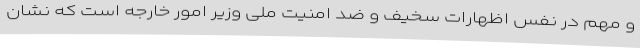
و مهم در نفس اظهارات سخیف و ضد امنیت ملی وزیر امور خارجه است که نشان